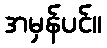
အမှန်ပင်။